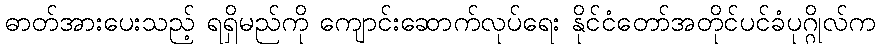
ဓာတ်အားပေးသည့် ရရှိမည်ကို ကျောင်းဆောက်လုပ်ရေး နိုင်ငံတော်အတိုင်ပင်ခံပုဂ္ဂိုလ်က